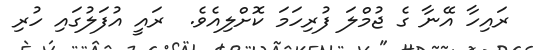
ރައިހާ އޭނާ ގެ ޖުމްލަ ފުރިހަމަ ކޮށްލިއެވެ.  ރައީ އުފަލުގައި ހުރި